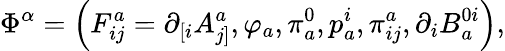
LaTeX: \Phi^{\alpha}=\left(F_{ij}^{a}=\partial_{\left[i\right.}A_{\left.j\right]}^{a},\varphi_{a},\pi_{a}^{0},p_{a}^{i},\pi_{ij}^{a},\partial_{i}B_{a}^{0i}\right),